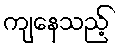
ကျနေသည့်